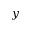
y